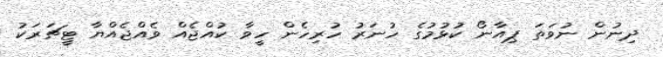
ދިނުން ނުވަތަ ޕިއާނޯ ކުޅުމުގެ ހުނަރު ހުރިހެން ހީވާ ކުއްޖެއް ވެއްޖެއްޔާ ޓީޗަރަކު